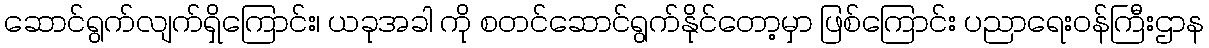
ဆောင်ရွက်လျက်ရှိကြောင်း၊ ယခုအခါ ကို စတင်ဆောင်ရွက်နိုင်တော့မှာ ဖြစ်ကြောင်း ပညာရေးဝန်ကြီးဌာန